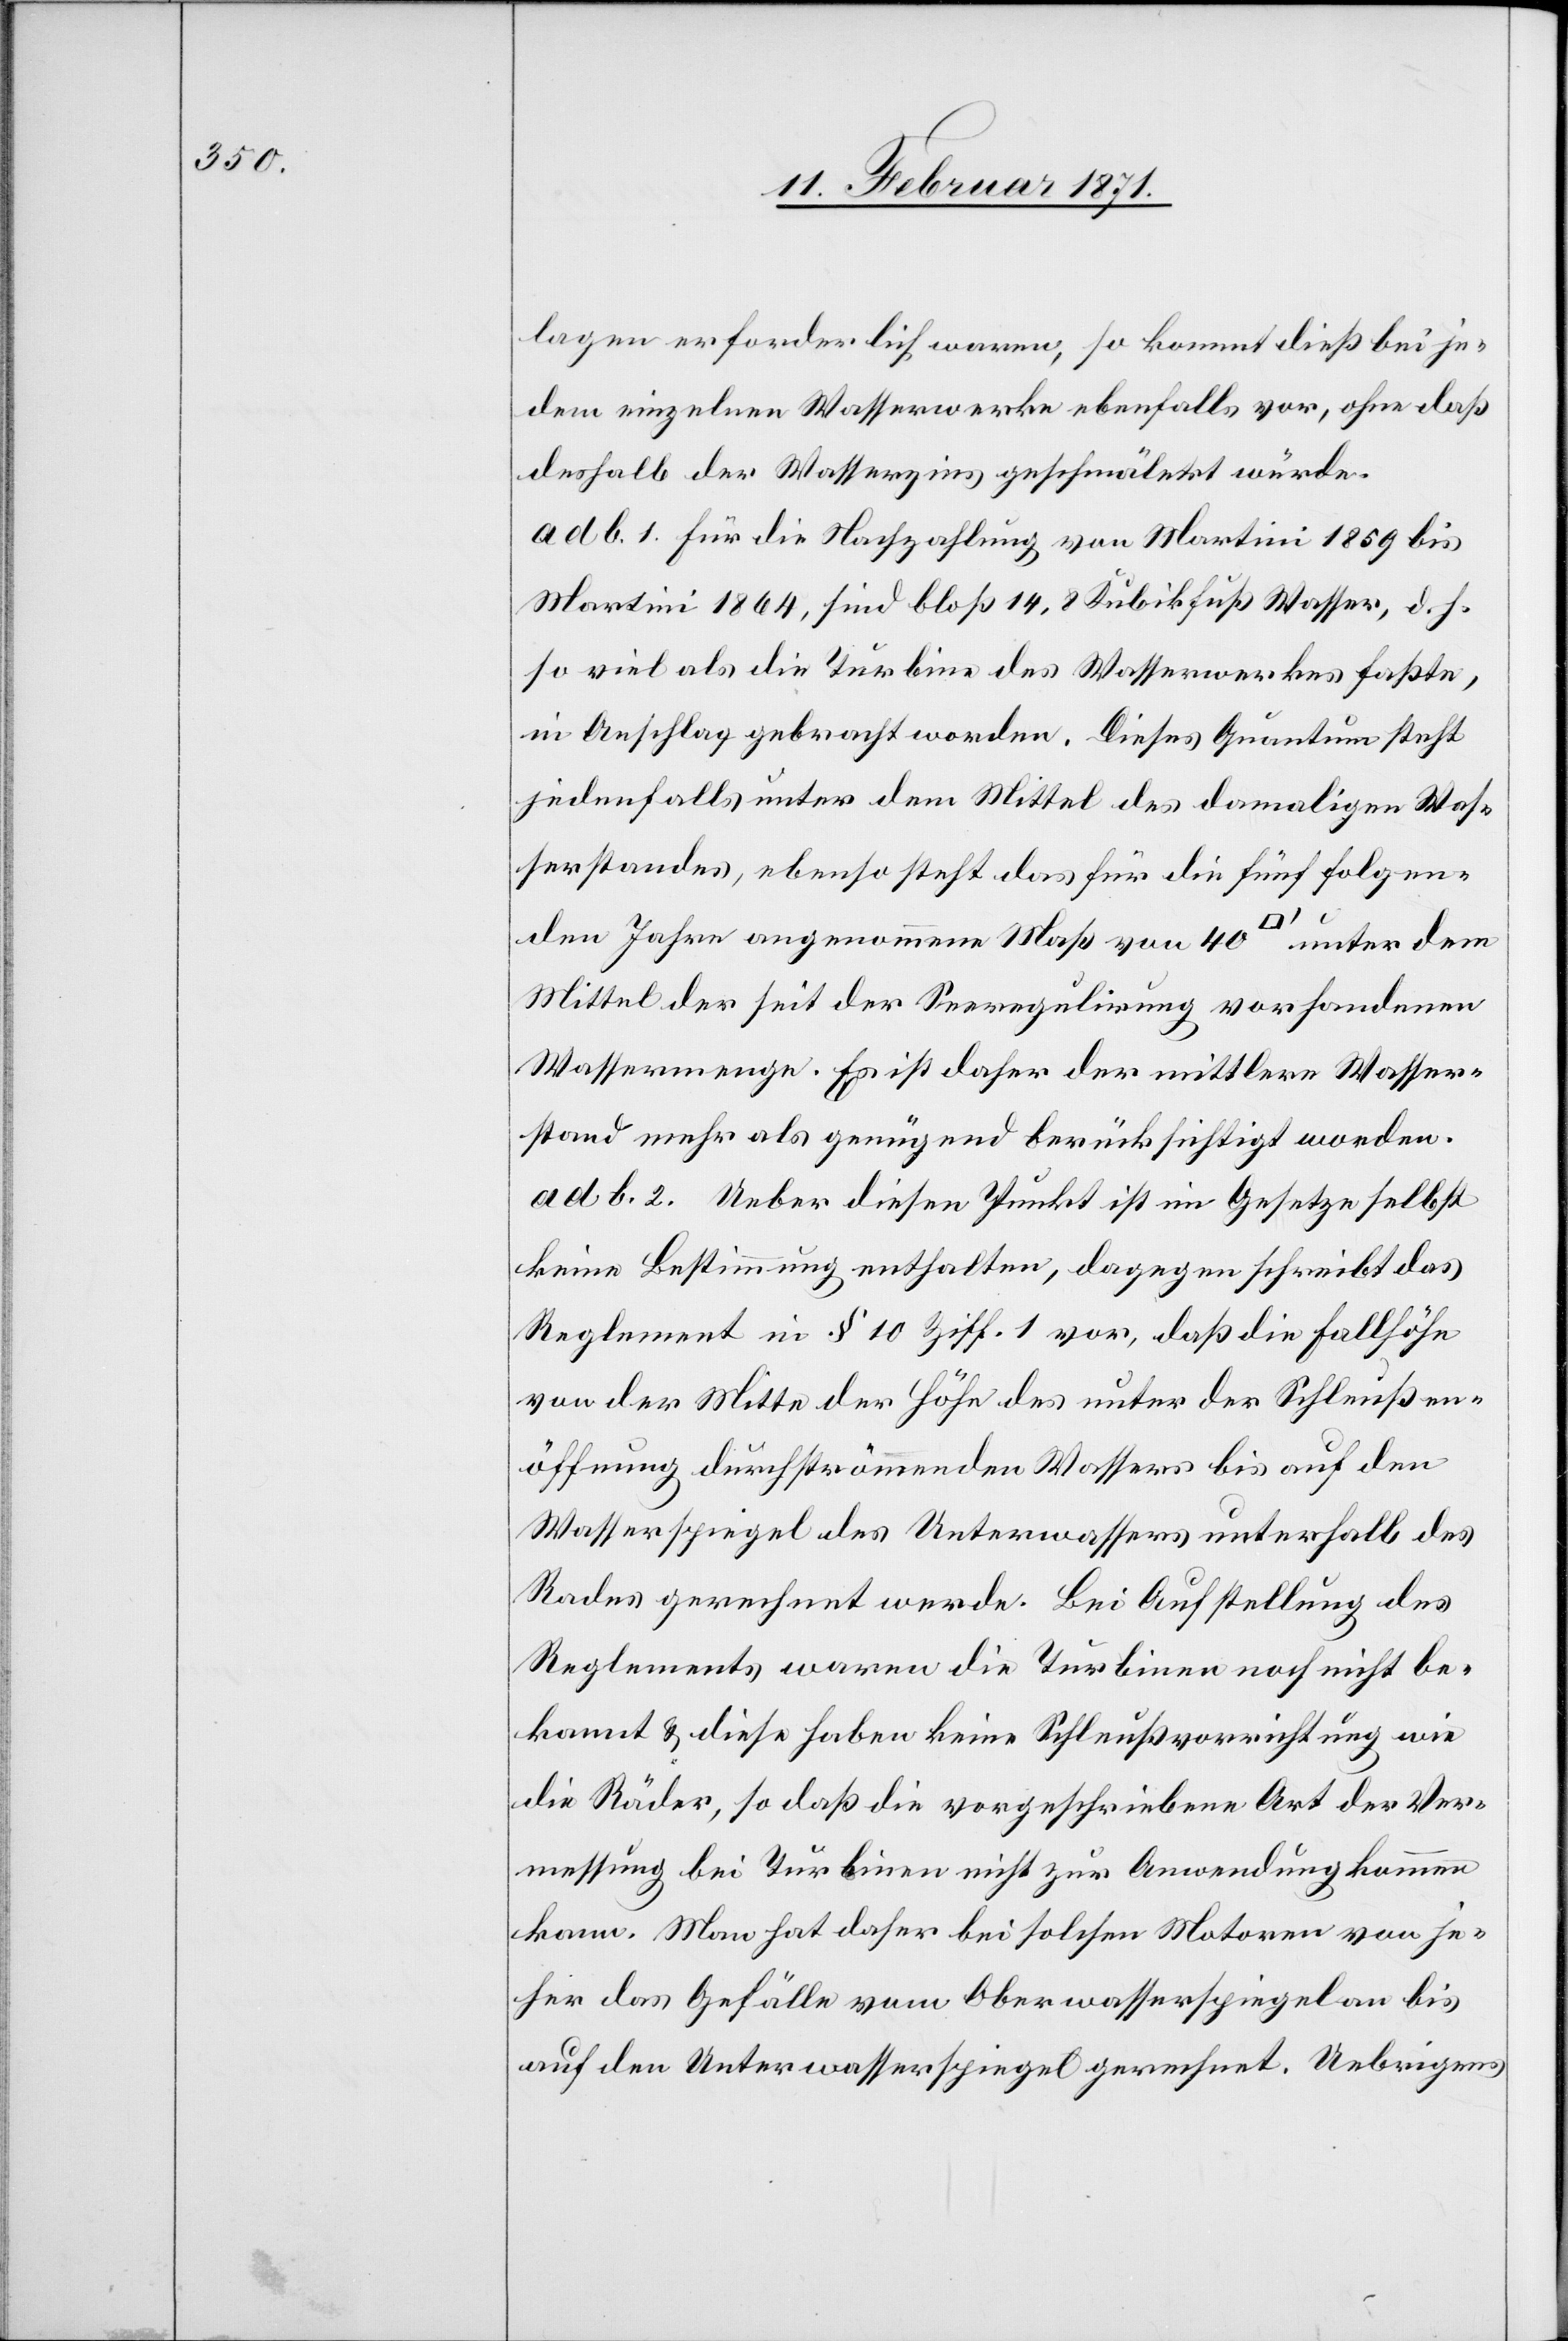
lagen erforderlich waren, so kommt dieß bei je¬
dem einzelnen Wasserwerke ebenfalls vor, ohne daß
deshalb der Wasserzins geschmälert würde.
ad b. 1.für die Nachzahlung von Martini 1859 bis
Martini 1864, sind bloß 14,8 Kubikfuß Wasser, d. h.
so viel als die Turbine des Wasserwerkes faßte,
in Anschlag gebracht worden. Dieses Quantum steht
jedenfalls unter dem Mittel des damaligen Was¬
serstandes, ebenso steht das für die fünf folgen¬
den Jahre angenommene Maß von 40 [Quadratfuss] unter dem
Mittel der seit der Seeregulirung vorhandenen
Wassermenge. Es ist daher der mittlere Wasser¬
stand mehr als genügend berücksichtig worden.
ad b. 2. Ueber diesen Punkt ist im Gesetze selbst
keine Bestimmung enthalten, dagegen schreibt das
Reglement in § 10 Ziff. 1 vor, daß die Fallhöhe
von der Mitte der Höhe des unter der Schleußen¬
öffnung durchströmenden Wassers bis auf den
Wasserspiegel des Unterwassers unterhalb des
Rades gerechnet werde. Bei Aufstellung des
Reglements waren die Turbinen noch nicht be¬
kannt u. diese haben keine Schleußvorrichtung wie
die Räder, so daß die vorgeschriebene Art der Ver¬
messung bei Turbinen nicht zur Anwendung kommen
kann. Man hat daher bei solchen Motoren von je¬
her das Gefälle vom Oberwasserspiegel an bis
auf den Unterwasserspiegel gerechnet. Uebrigens